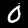
Label: 0